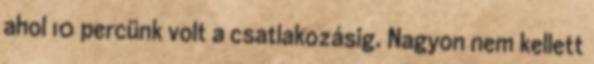
ahol 10 percünk volt a csatlakozásig. Nagyon nem kellett